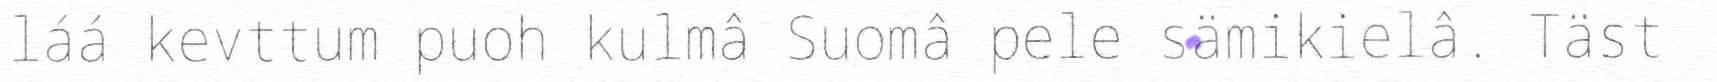
láá kevttum puoh kulmâ Suomâ pele sämikielâ. Täst